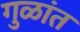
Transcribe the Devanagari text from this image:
गुळांत